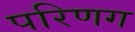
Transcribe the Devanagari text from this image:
परिणग